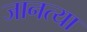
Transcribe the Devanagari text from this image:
जानत्या